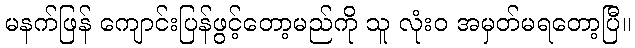
မနက်ဖြန် ကျောင်းပြန်ဖွင့်တော့မည်ကို သူ လုံးဝ အမှတ်မရတော့ပြီ။